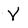
Character: V